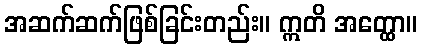
အဆက်ဆက်ဖြစ်ခြင်းတည်း။ ဣတိ အတ္ထော။